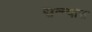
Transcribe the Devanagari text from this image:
सन्न्यास